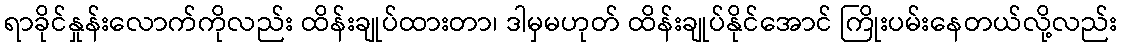
ရာခိုင်နှုန်းလောက်ကိုလည်း ထိန်းချုပ်ထားတာ၊ ဒါမှမဟုတ် ထိန်းချုပ်နိုင်အောင် ကြိုးပမ်းနေတယ်လို့လည်း